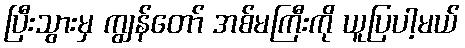
ပြီးသွားမှ ကျွန်တော် အစ်မကြီးကို ယူပြပါ့မယ်